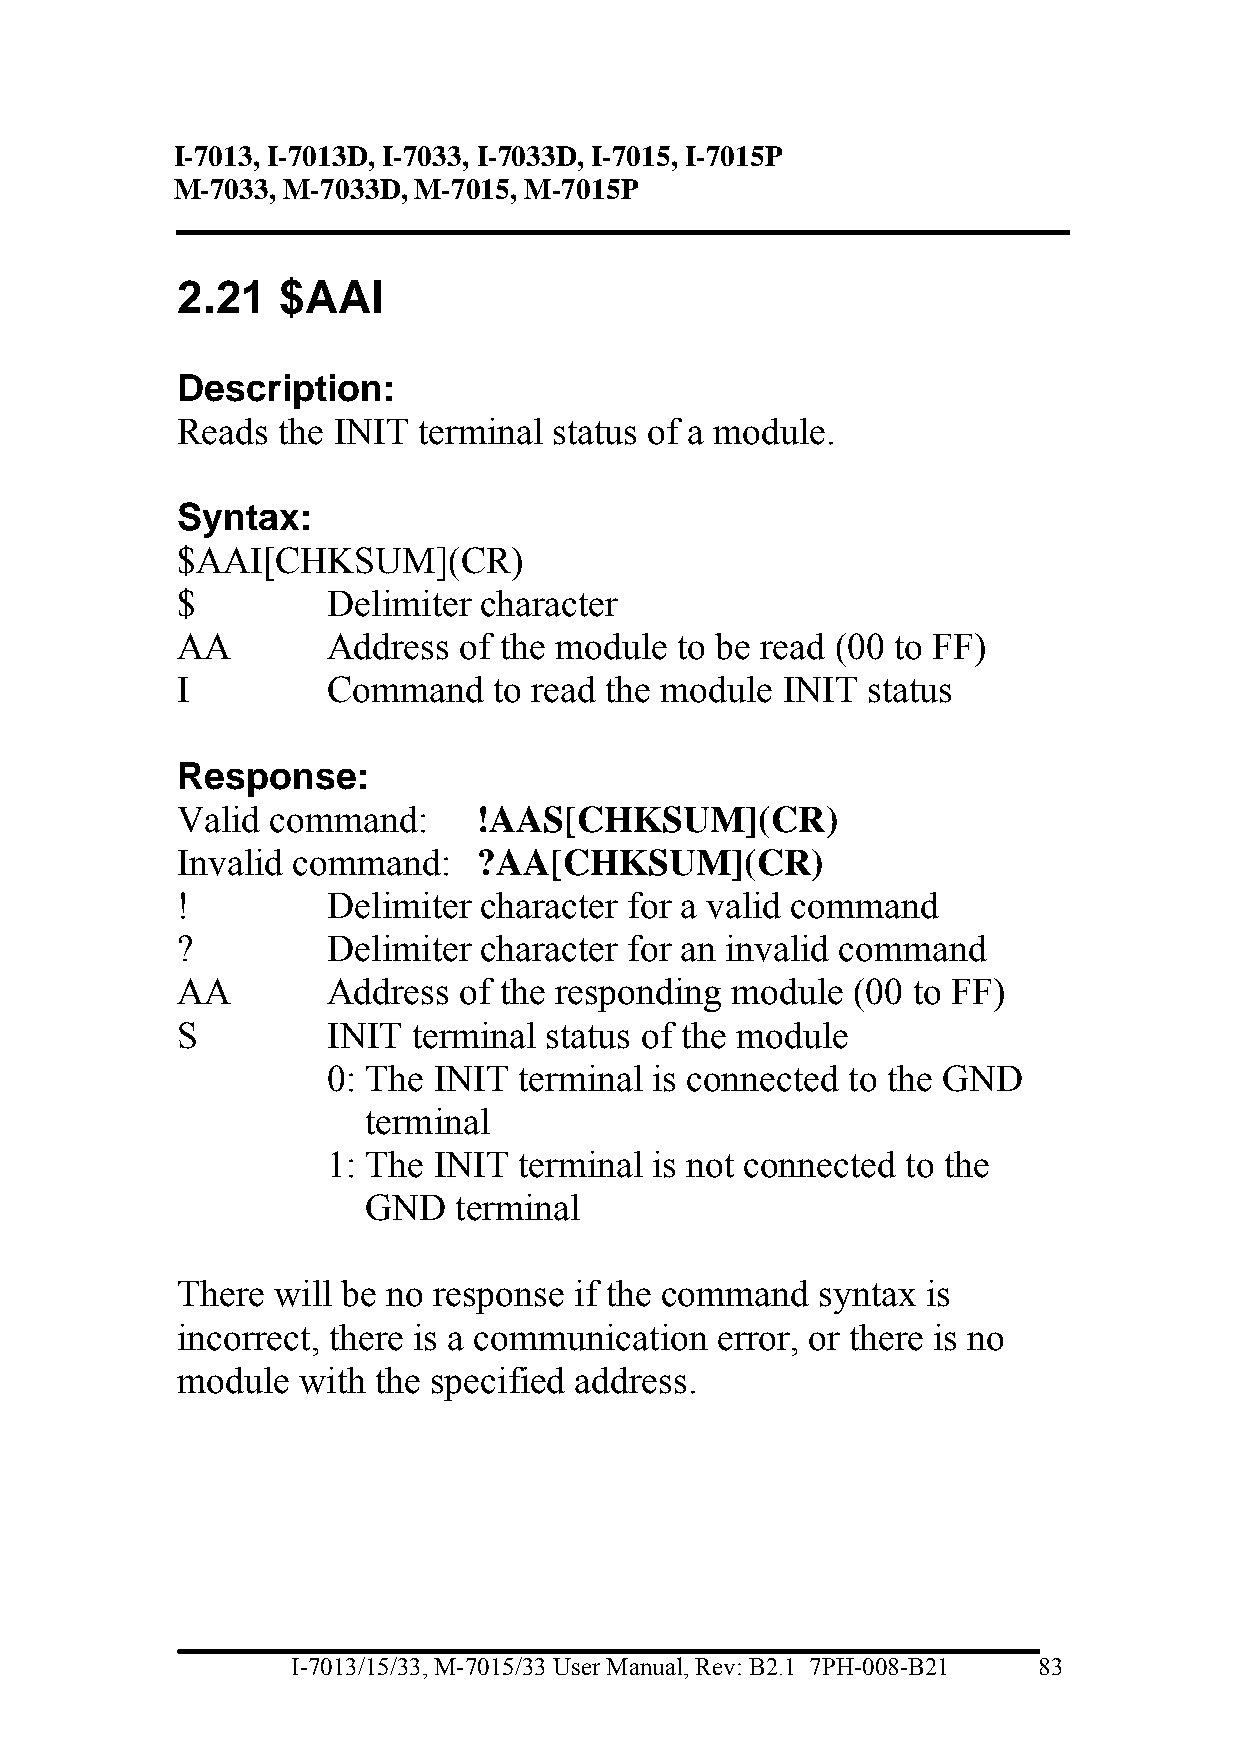
I-7013, I-7013D, I-7033, I-7033D, I-7015, I-7015P
 M-7033, M-7033D, M-7015, M-7015P
 2.21  $AAI
 Description:
 Reads the INIT  terminal status of a module.
 Syntax:
 $AAI[CHKSUM](CR)
 $         Delimiter character
 AA        Address of the module  to be read (00 to FF)
 I         Command    to read the module INIT status
 Response:
 Valid command:      !AAS[CHKSUM](CR)
 Invalid command:    ?AA[CHKSUM](CR)
 !         Delimiter character for a valid command
 ?         Delimiter character for an invalid command
 AA        Address of the responding module  (00 to FF)
 S         INIT terminal status of the module
 0: The INIT terminal is connected to the GND
 terminal
 1: The INIT terminal is not connected to the
 GND   terminal
 There will be no response if the command  syntax is
 incorrect, there is a communication error, or there is no
 module  with the specified address.
 I-7013/15/33, M-7015/33 User Manual, Rev: B2.1 7PH-008-B21 83